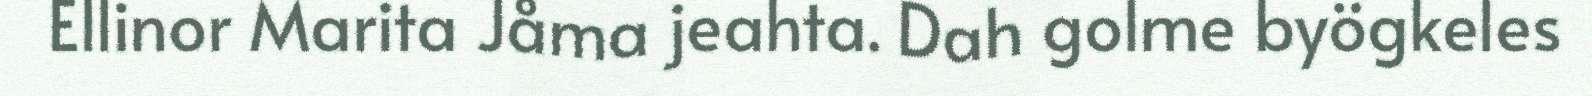
Ellinor Marita Jåma jeahta. Dah golme byögkeles